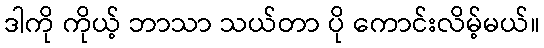
ဒါကို ကိုယ့် ဘာသာ သယ်တာ ပို ကောင်းလိမ့်မယ်။